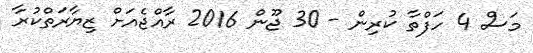
މަސް 4 ހަފްތާ ކުރިން - 30 ޖޫން 2016 ރާއްޖެއަށް ޒިޔާރަތްކުރާ